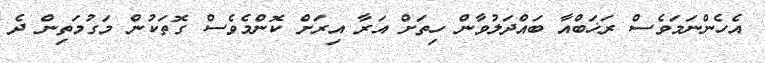
އެހެންނަމަވެސް ރަޚަބްއާ ބައްދަލުވާން ހިތަށް އަރާ އިރަށް ކޮންމެވެސް ގޮތަކުން މަގުމަތިން ދެ